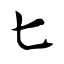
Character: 匕